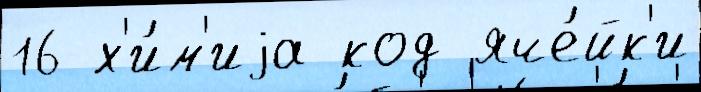
16 х'и́м'иjа код яче́йк'и